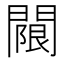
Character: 𨵬